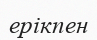
ерікпен